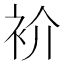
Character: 衸